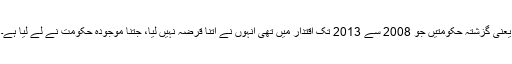
یعنی گزشتہ حکومتیں جو 2008 سے 2013 تک اقتدار میں تھی انہوں نے اتنا قرضہ نہیں لیا، جتنا موجودہ حکومت نے لے لیا ہے۔